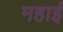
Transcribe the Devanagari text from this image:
महाई